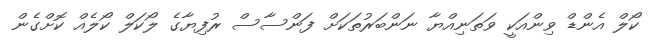
ކޯލް އެންޑް ވިންއަކީ ވަތަނިއްޔާ ނަންބަރުތަކަށް ފަންސާސް ރުފިޔާގެ ލޯކަލް ކޯލެއް ކޮށްގެން